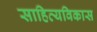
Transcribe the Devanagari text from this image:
साहित्यविकास